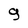
Character: 9